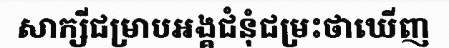
សាក្សីជម្រាបអង្គជំនុំជម្រះថាឃើញ